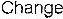
CHANGE